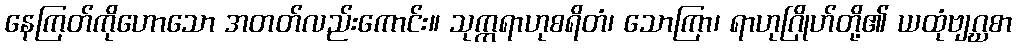
နေကြတ်ကိုဟောသော အတတ်လည်းကောင်း။ သုက္ကရာဟုစရိတံ၊ သောကြာ၊ ရာဟုဂြိုဟ်တို့၏ ယထုံဗျဂ္ဃစာ